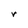
Character: r